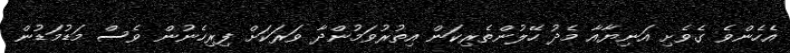
އެހެންވެ ގެވެށި އަނިޔާއާ މެދު ހޭލުންތެރިކަން އިތުރުވަމުންދާ ވަރަކަށް ފިރިހެނުން ވެސް މަޑުމަޑުން